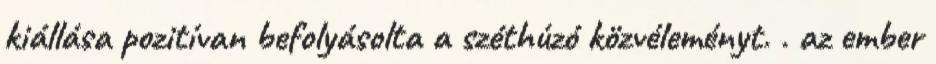
kiállása pozitívan befolyásolta a széthúzó közvéleményt. . az ember